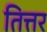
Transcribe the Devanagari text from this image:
तित्तर